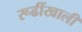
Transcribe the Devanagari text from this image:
रूढींखाली